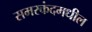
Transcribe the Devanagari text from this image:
समरकंदमधील